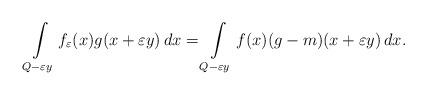
LaTeX: \begin{align*} \int\limits_{Q-\varepsilon y} f_\varepsilon (x) g(x+\varepsilon y)\, dx= \int\limits _{Q-\varepsilon y} f(x) (g-m) (x+\varepsilon y)\,dx.\end{align*}